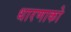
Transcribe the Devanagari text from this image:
धारणाको